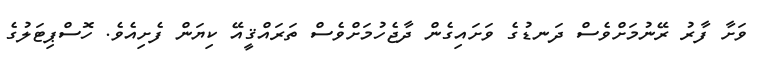
ވަށާ ފާރު ރޭނުމަށްވެސް ދަނޑުގެ ވަށައިގެން ދާޖެހުމަށްވެސް ތަރައްޤީއޭ ކިޔަން ފެށިއެވެ. ހޮސްޕިޓަލުގެ